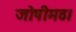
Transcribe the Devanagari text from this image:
जोषीमठ।